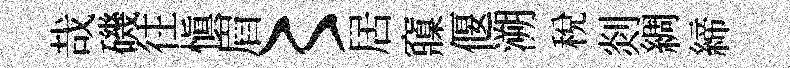
哉磯往愼眉〻居䆿偃溯税剡綢締